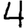
Digit: 4